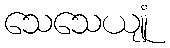
သေသေယျုံ